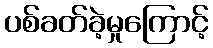
ပစ်ခတ်ခဲ့မှုကြောင့်